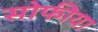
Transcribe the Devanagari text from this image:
सोफीया